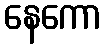
နေကော